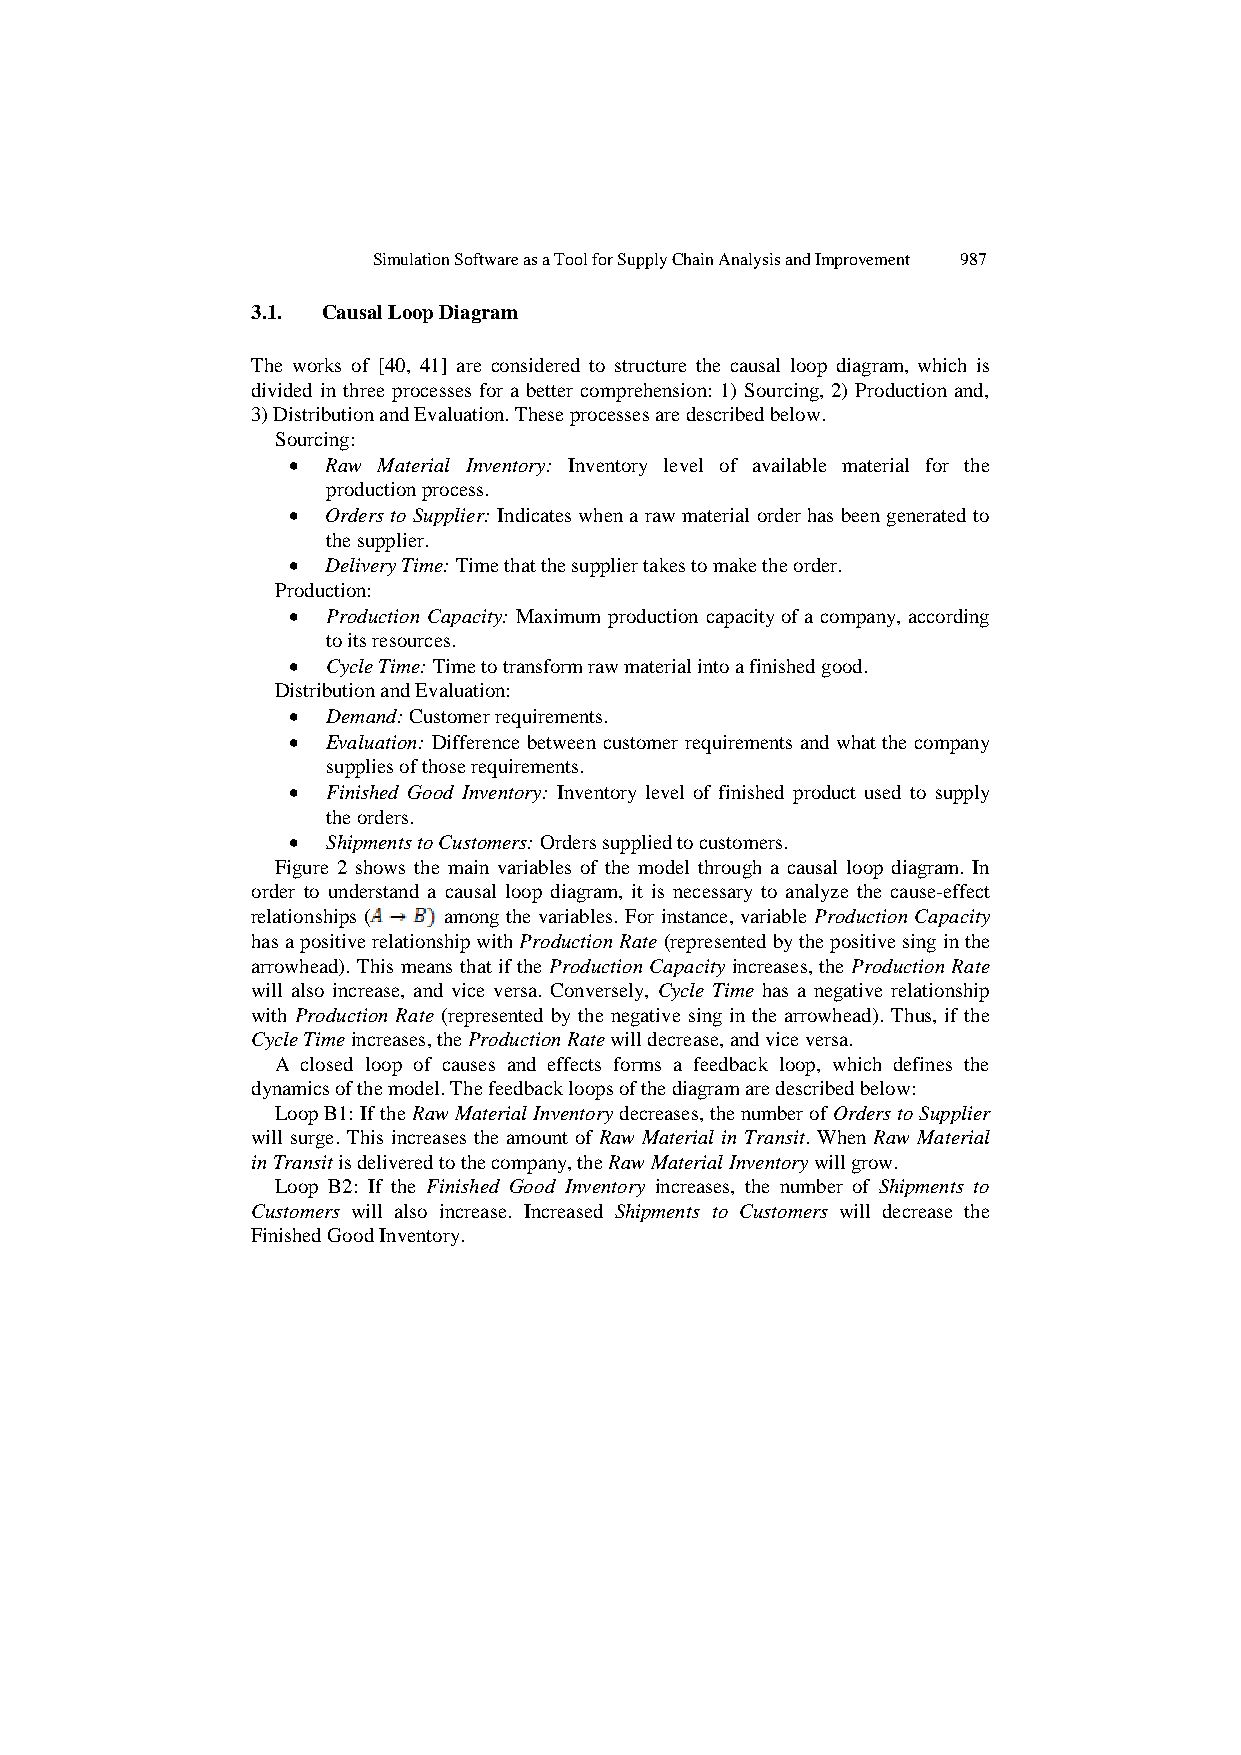
Simulation Software as a Tool for Supply Chain Analysis and Improvement 987
 3.1. Causal Loop Diagram
 The works of [40, 41] are considered to structure the causal loop diagram, which is
 divided in three processes for a better comprehension: 1) Sourcing, 2) Production and,
 3) Distribution and Evaluation. These processes are described below.
 Sourcing:
   Raw Material Inventory: Inventory level of available material for the
 production process.
   Orders to Supplier: Indicates when a raw material order has been generated to
 the supplier.
   Delivery Time: Time that the supplier takes to make the order.
 Production:
   Production Capacity: Maximum production capacity of a company, according
 to its resources.
   Cycle Time: Time to transform raw material into a finished good.
 Distribution and Evaluation:
   Demand: Customer requirements.
   Evaluation: Difference between customer requirements and what the company
 supplies of those requirements.
   Finished Good Inventory: Inventory level of finished product used to supply
 the orders.
   Shipments to Customers: Orders supplied to customers.
 Figure 2 shows the main variables of the model through a causal loop diagram. In
 order to understand a causal loop diagram, it is necessary to analyze the cause-effect
 relationships ( among the variables. For instance, variable Production Capacity
 has a positive relationship with Production Rate (represented by the positive sing in the
 arrowhead). This means that if the Production Capacity increases, the Production Rate
 will also increase, and vice versa. Conversely, Cycle Time has a negative relationship
 with Production Rate (represented by the negative sing in the arrowhead). Thus, if the
 Cycle Time increases, the Production Rate will decrease, and vice versa.
 A closed loop of causes and effects forms a feedback loop, which defines the
 dynamics of the model. The feedback loops of the diagram are described below:
 Loop B1: If the Raw Material Inventory decreases, the number of Orders to Supplier
 will surge. This increases the amount of Raw Material in Transit. When Raw Material
 in Transit is delivered to the company, the Raw Material Inventory will grow.
 Loop B2: If the Finished Good Inventory increases, the number of Shipments to
 Customers will also increase. Increased Shipments to Customers will decrease the
 Finished Good Inventory.